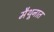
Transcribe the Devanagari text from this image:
मैथूनात